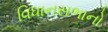
વિધાનસભાનો